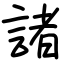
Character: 諸